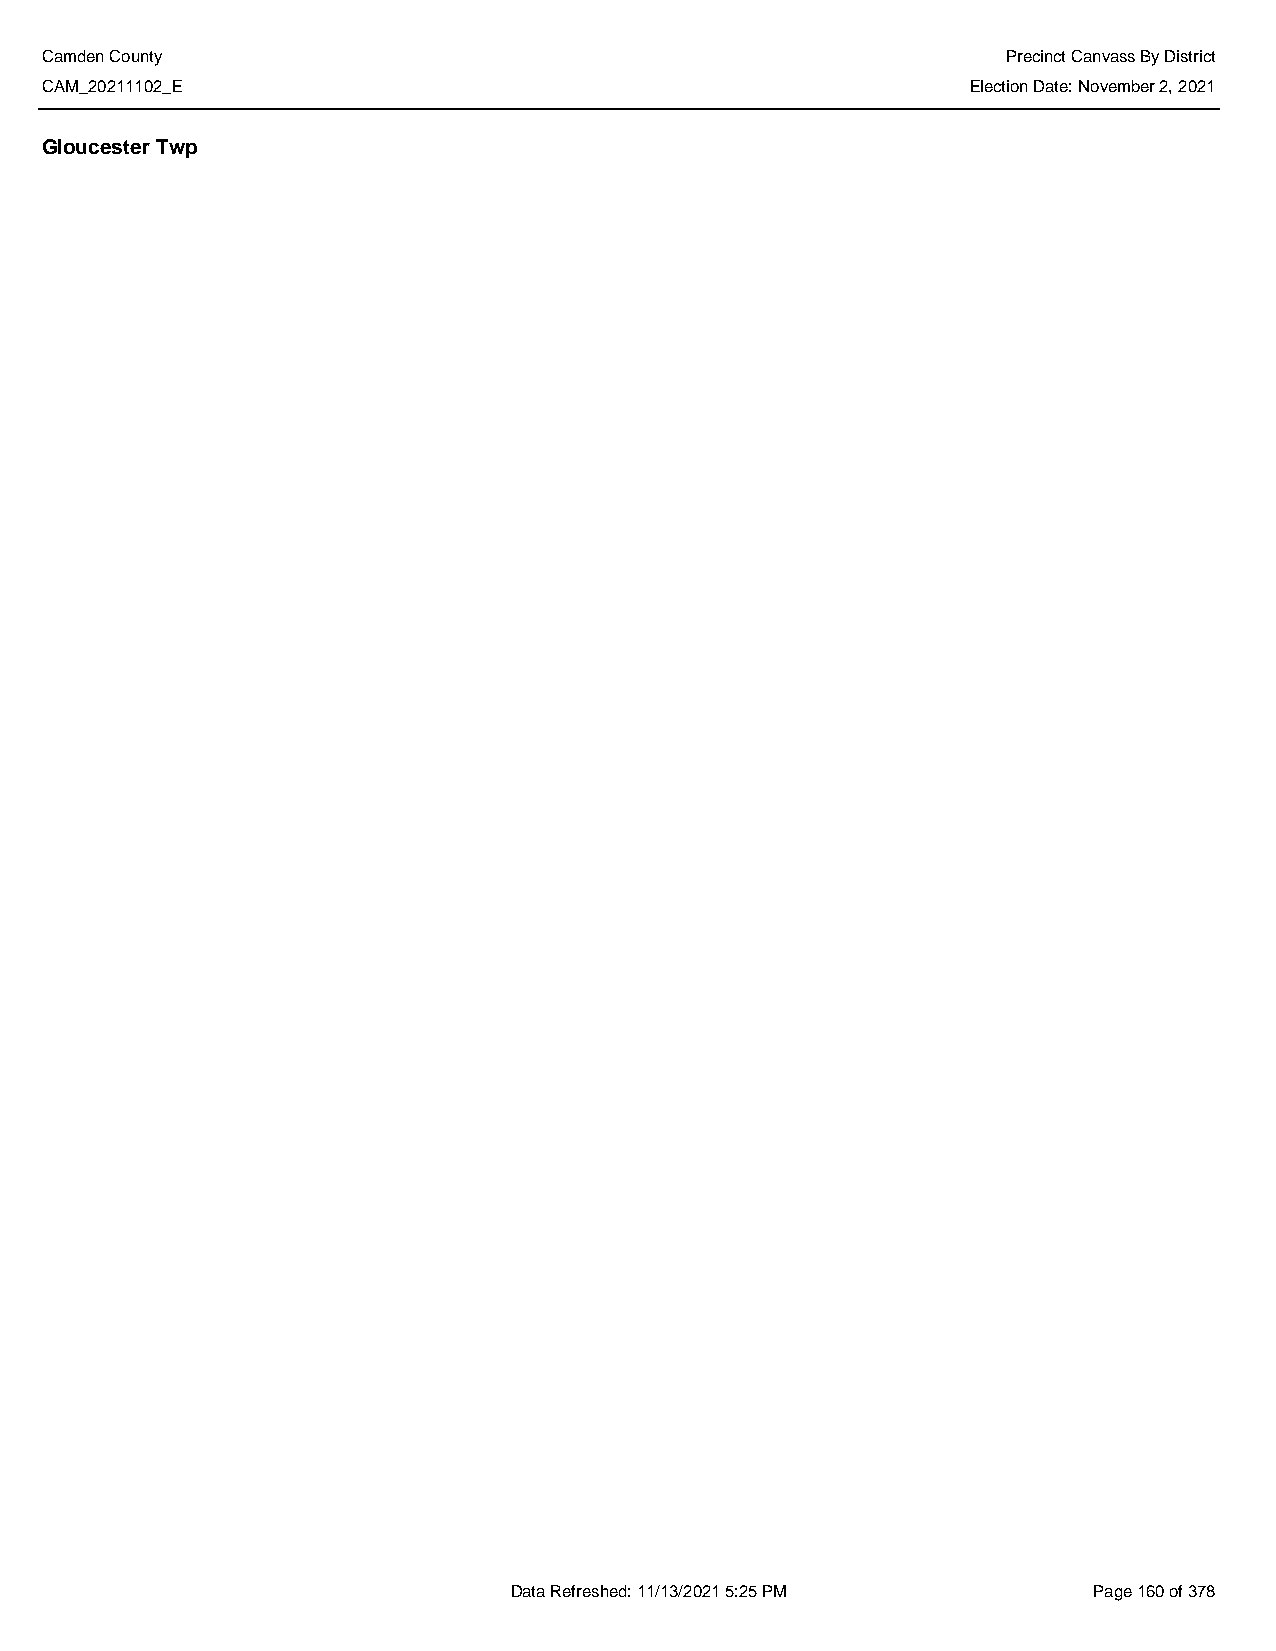
Camden County                                                   Precinct Canvass By District
 CAM_20211102_E                                               Election Date: November 2, 2021
 Gloucester Twp
 Data Refreshed: 11/13/2021 5:25 PM    Page 160 of 378